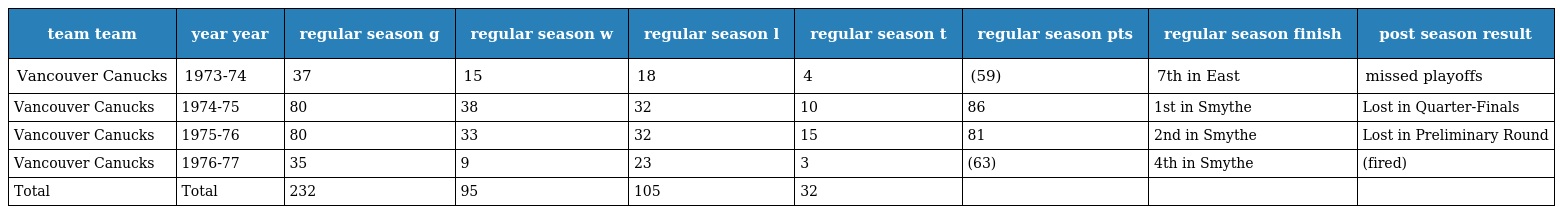
| team team | year year | regular season g | regular season w | regular season l | regular season t | regular season pts | regular season finish | post season result |
 | --- | --- | --- | --- | --- | --- | --- | --- | --- |
 | Vancouver Canucks | 1973-74 | 37 | 15 | 18 | 4 | (59) | 7th in East | missed playoffs |
 | Vancouver Canucks | 1974-75 | 80 | 38 | 32 | 10 | 86 | 1st in Smythe | Lost in Quarter-Finals |
 | Vancouver Canucks | 1975-76 | 80 | 33 | 32 | 15 | 81 | 2nd in Smythe | Lost in Preliminary Round |
 | Vancouver Canucks | 1976-77 | 35 | 9 | 23 | 3 | (63) | 4th in Smythe | (fired) |
 | Total | Total | 232 | 95 | 105 | 32 |  |  |  |